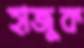
হাজুক